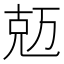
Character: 𠒐